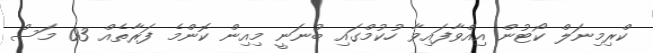
ކްރިމިނަލް ކޯޓުން އިއްވާފައިވާ ހުކުމްގައި ބުނަނީ މިއިން ކޮންމެ ފަރާތެއް 03 މަސް